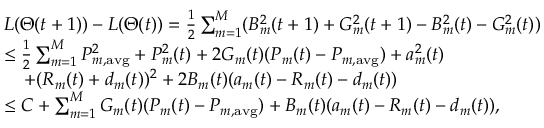
\begin{array} { r l } & { L ( \Theta ( t + 1 ) ) - L ( \Theta ( t ) ) = \frac { 1 } { 2 } \sum _ { m = 1 } ^ { M } ( B _ { m } ^ { 2 } ( t + 1 ) + G _ { m } ^ { 2 } ( t + 1 ) - B _ { m } ^ { 2 } ( t ) - G _ { m } ^ { 2 } ( t ) ) } \\ & { \leq \frac { 1 } { 2 } \sum _ { m = 1 } ^ { M } P _ { m , \mathrm { a v g } } ^ { 2 } + P _ { m } ^ { 2 } ( t ) + 2 G _ { m } ( t ) ( P _ { m } ( t ) - P _ { m , \mathrm { a v g } } ) + a _ { m } ^ { 2 } ( t ) } \\ & { \; \; \; \; + ( R _ { m } ( t ) + d _ { m } ( t ) ) ^ { 2 } + 2 B _ { m } ( t ) ( a _ { m } ( t ) - R _ { m } ( t ) - d _ { m } ( t ) ) } \\ & { \leq C + \sum _ { m = 1 } ^ { M } G _ { m } ( t ) ( P _ { m } ( t ) - P _ { m , \mathrm { a v g } } ) + B _ { m } ( t ) ( a _ { m } ( t ) - R _ { m } ( t ) - d _ { m } ( t ) ) , } \end{array}